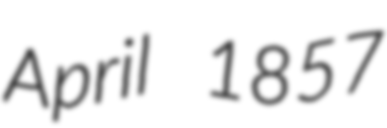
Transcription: April 1857